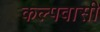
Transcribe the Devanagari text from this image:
कल्पवासी